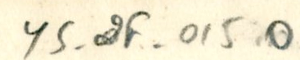
YS_2F_015O